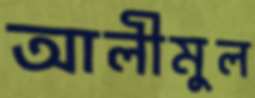
আলীমুল